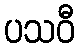
ပသဝီ